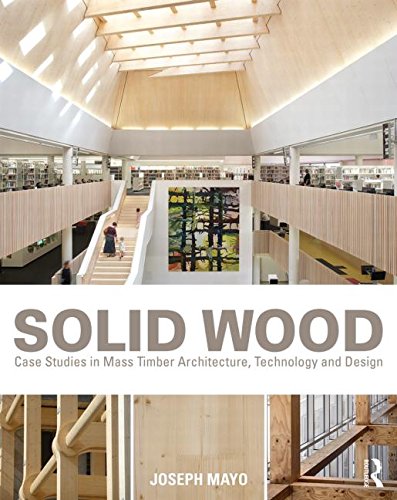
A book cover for Solid Wood: Case Studies in Mass Timber Architecture, Technology and Design; Joseph Mayo; Arts & Photography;